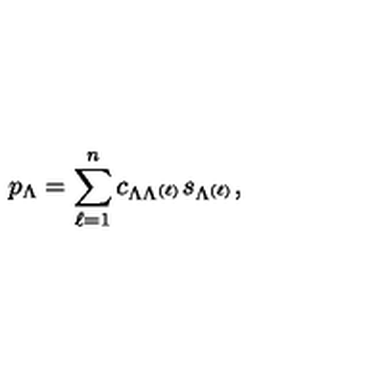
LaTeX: p _ { \Lambda } = \sum _ { \ell = 1 } ^ { n } c _ { \Lambda \Lambda ^ { ( \ell ) } } s _ { \Lambda ^ { ( \ell ) } } ,